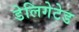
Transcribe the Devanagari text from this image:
डेलिगेटेड